Statistical return of the lunatic asylum in Assam - 1912-1932
Year: 1912
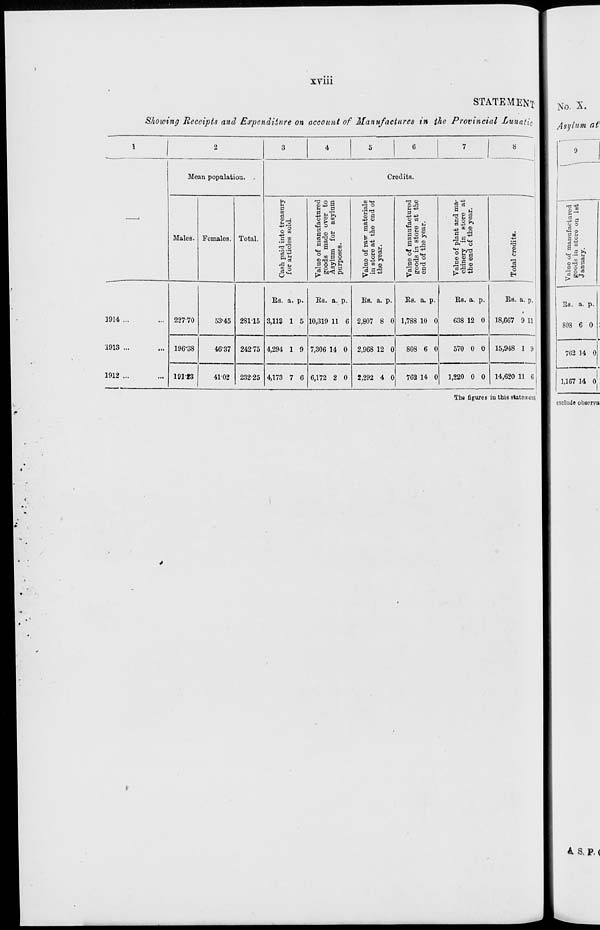
►3
TO
C
(-•
l-J
M
i
co
CD
o
»-«
l-»
to
co
If*
[
M-l
«0
l-«
CO
to
INS
s
»-•
o
•^1
OS
CO
CD
o
DO
a
»=d
p
0
o
«
■>
o
If*
Ci
CO
Cn
CO
If*
a>
o
to
UI
-^1
en
P°
p
to
to
to
•-3
O
D
CO
If*
00
o
00
to
(-■
ct-
to
~T
(-•
P
en
en
en
'
,*.
#"
CO
i—«
to
t-i
w
•<i
CO
h-l
00
£»
CO
5"
Cash paid into treasury
CO
»J
l->
l->
B>
for articles sold.
C5
CO
en
7
Cft
■^J
>-•
I—»
CO
CO
w
Value of manufactured
to
Oi
CO
00
goods made over to
if*
to
1—>
h-'
(0
Asylum for asylum
purposes.
o
o
a»
-
M
to
to
DS
CO
00
o
fed
Value of raw matorials
to
00
•vl
■
in store at the end of
en
u>
to
00
P
the year.
o
o
o
*?
H
a
t-i
00
00
w
Value of manufactured
cl-
SO
■9
CO
00
•
goods in store at the
©
i—'
©
o
F
end of the year.
o
o
o
i->
OS
to
Ox
© CO
fed
Value of plant and ma-
o
o
00
gg
chinery in store at
^j
o
o
to
9
the end of the year.
©
©
o
V
1—'
1—'
M
*-
en
00
OS
00
CO
OS
©
fed
o
00
«a
03
Total creditH.
oc
l-»
t—'
CO -
to
i
05
CO
|
/
o
< to
en
^7
CO
L>
If*
o
o
oo
co
oo
©
©
F
•a
Valuo of manufactured
goods iu store on 1st
January.
&
S
SB
<■»
Be
f
5^,
Ci
=.
ci
Ci
Ci
*
»
00
Ci
H
GO
Ci
H
a'
>
*«. H
s W
8
g
a
K
&
>-3
^ *5
Co
O
i M